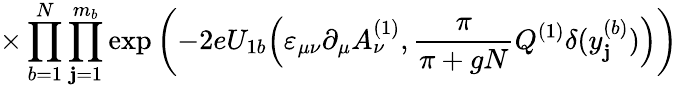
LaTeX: \times\prod_{b=1}^{N}\prod_{\mathbf{j}=1}^{m_{b}}\exp\left(-2eU_{1b}\Big(\varepsilon_{\mu\nu}\partial_{\mu}A_{\nu}^{(1)},\frac{{\pi}}{{\pi+gN}}Q^{(1)}\delta(y_{\mathbf{j}}^{(b)})\Big)\right)